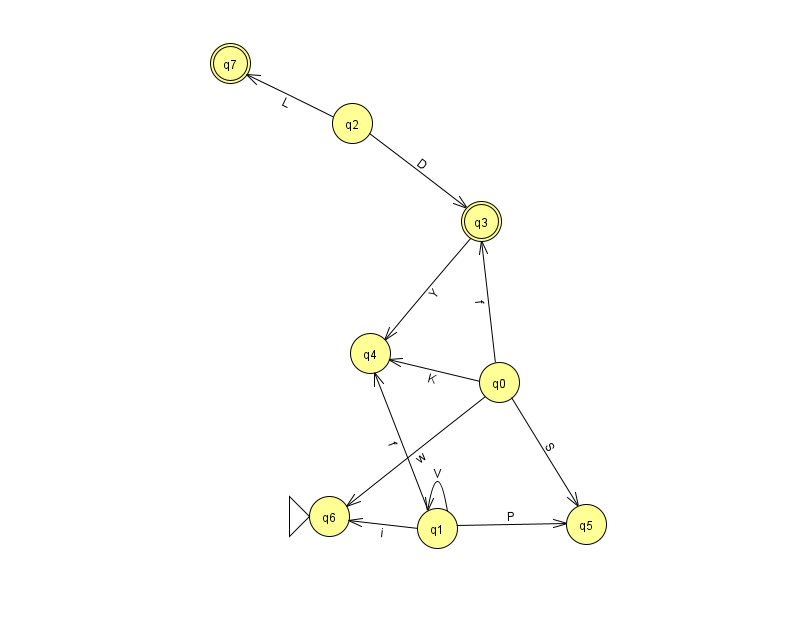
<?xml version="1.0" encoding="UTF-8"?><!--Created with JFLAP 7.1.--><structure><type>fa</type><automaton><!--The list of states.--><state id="0" name="q0"><x>499.0</x><y>369.0</y></state><state id="1" name="q1"><x>437.0</x><y>515.0</y></state><state id="2" name="q2"><x>352.0</x><y>110.0</y></state><state id="3" name="q3"><x>481.0</x><y>208.0</y><final/></state><state id="4" name="q4"><x>370.0</x><y>340.0</y></state><state id="5" name="q5"><x>586.0</x><y>511.0</y></state><state id="6" name="q6"><x>329.0</x><y>503.0</y><initial/></state><state id="7" name="q7"><x>230.0</x><y>50.0</y><final/></state><!--The list of transitions.--><transition><from>2</from><to>7</to><read>L</read></transition><transition><from>1</from><to>6</to><read>i</read></transition><transition><from>0</from><to>3</to><read>f</read></transition><transition><from>1</from><to>1</to><read>V</read></transition><transition><from>1</from><to>4</to><read>f</read></transition><transition><from>0</from><to>5</to><read>S</read></transition><transition><from>2</from><to>3</to><read>D</read></transition><transition><from>0</from><to>4</to><read>K</read></transition><transition><from>0</from><to>6</to><read>w</read></transition><transition><from>1</from><to>5</to><read>P</read></transition><transition><from>3</from><to>4</to><read>Y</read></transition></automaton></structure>